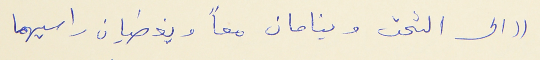
(( الى التخت وينامان معاً ويغطيان راسيهما